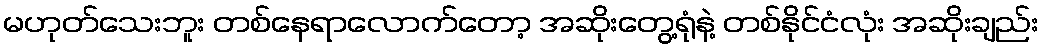
မဟုတ်သေးဘူး တစ်နေရာလောက်တော့ အဆိုးတွေ့ရုံနဲ့ တစ်နိုင်ငံလုံး အဆိုးချည်း